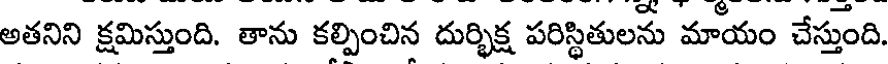
అతనిని క్షమిస్తుంది. తాను కల్పించిన దుర్భిక్ష పరిస్థితులను మాయం చేస్తుంది.